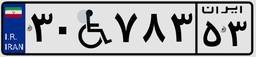
۳۰W۷۸۳۵۳